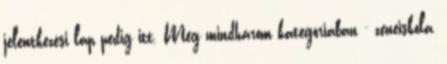
jelentkezési lap pedig itt. Még mindhárom kategóriában - zeneiskola,